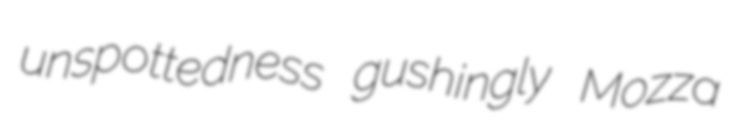
unspottedness gushingly Mozza